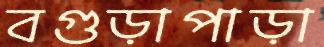
বগুড়াপাড়া